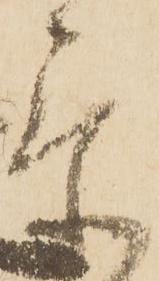
忝